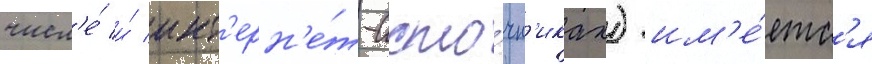
числ'е́ и́ инт'ерн'е́т-исто́чн'иках) им'е́етс'я